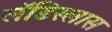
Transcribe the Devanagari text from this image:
लॅडिस्लास